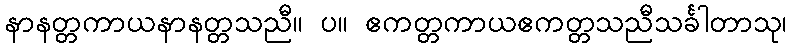
နာနတ္တကာယနာနတ္တသညီ။ ပ။ ဧကတ္တကာယဧကတ္တသညီသင်္ခါတာသု၊